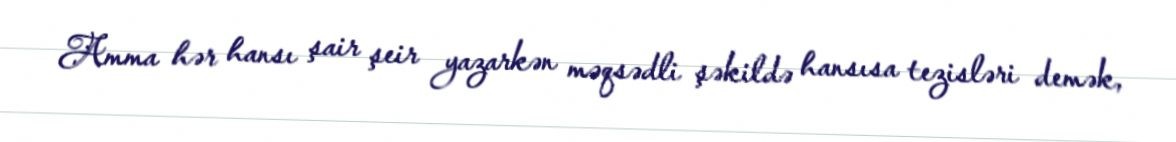
Amma hər hansı şair şeir yazarkən məqsədli şəkildə hansısa tezisləri demək,